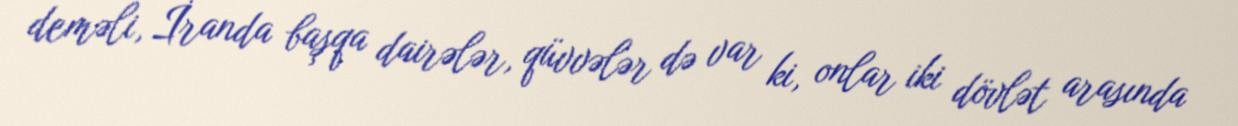
deməli, İranda başqa dairələr, qüvvələr də var ki, onlar iki dövlət arasında